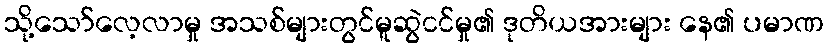
သို့သော်လေ့လာမှု အသစ်များတွင်မူဆွဲငင်မှု၏ ဒုတိယအားများ နေ၏ ပမာဏ